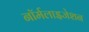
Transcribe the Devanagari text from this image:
नॉर्मलाइजेशन